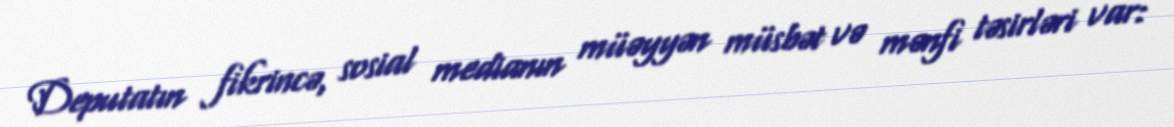
Deputatın fikrincə, sosial medianın müəyyən müsbət və mənfi təsirləri var: